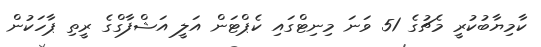
ކާމިޔާބުކުރީ މެޗުގެ 51 ވަނަ މިނިޓްގައި ކެޕްޓަން އަލީ އަޝްފާގްގެ ރީތި ޕާހަކުން